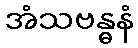
အံသဗန္ဓနံ